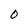
Character: 0